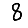
Digit: 8